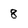
Character: 8